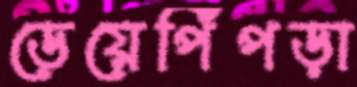
ডেয়েপিঁপড়া